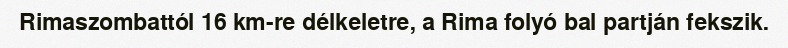
Rimaszombattól 16 km-re délkeletre, a Rima folyó bal partján fekszik.